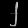
Digit: ၂